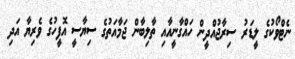
ނެޓްވޯކުގެ ލީޑަރު ސިރާޖުއްދީން ހައްގާނީއާއި ތާލިބާން ޖަމާއަތުގެ ސިޔާސީ އޮފީހުގެ ވެރިޔާ އަދި